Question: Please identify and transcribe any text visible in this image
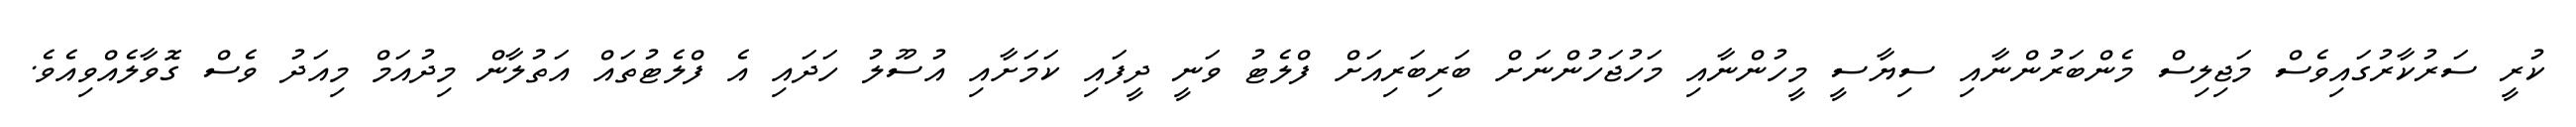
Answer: ކުރީ ސަރުކާރުގައިވެސް މަޖިލިސް މެންބަރުންނާއި ސިޔާސީ މީހުންނާއި މަހުޖަހުންނަށް ބަރިބަރިއަށް ފްލެޓު ވަނީ ދީފައި ކަމަށާއި އުސޫލު ހަދައި އެ ފްލެޓުތައް އަތުލާން މިދުއަމް މިއަދު ވެސް ގޮވާލެއްވިއެވެ.